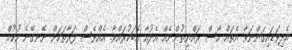
އެދިވަޑައިގަންނަވާ އެތައް ހާސް ރައްޔިތުންނެއް އެދުއާ އެބަކުރައްވާ. އެއްވެސް ފަރާތަކަށް ނޭނގޭނެ ހުކުމް